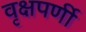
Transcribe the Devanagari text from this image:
वृक्षपर्णी